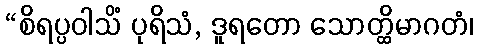
“စိရပ္ပဝါသိံ ပုရိသံ, ဒူရတော သောတ္ထိမာဂတံ၊